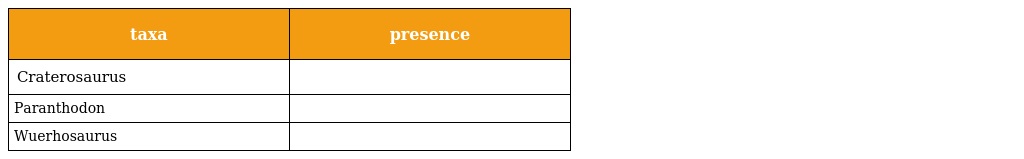
| taxa | presence |
 | --- | --- |
 | Craterosaurus |  |
 | Paranthodon |  |
 | Wuerhosaurus |  |